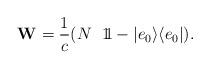
LaTeX: \begin{align*}{\bf W}=\frac{1}{c} ( N~~{1\kern-0.35em\llap~1} -|e_0\rangle \langle e_0 | ).\end{align*}